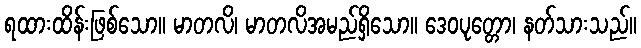
ရထားထိန်းဖြစ်သော။ မာတလိ၊ မာတလိအမည်ရှိသော။ ဒေဝပုတ္တော၊ နတ်သားသည်။